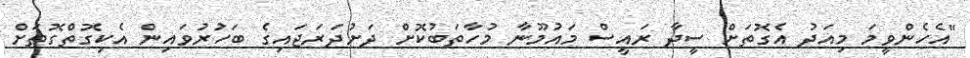
"އެހެންވީމަ މިއަދު އެގޮތަށް ސީދާ ރައީސް މައުމޫނާ މުހާތަބުކޮށް ދަށުދަރަޖައިގެ ބަހުރުވައިން އެކިގޮތްގޮތަށް